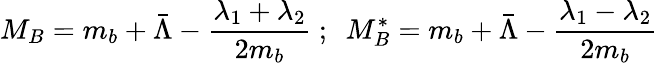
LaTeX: M_{B}=m_{b}+\bar{\Lambda}-\frac{\lambda_{1}+\lambda_{2}}{2m_{b}}~;~~M_{B}^{*}=m_{b}+\bar{\Lambda}-\frac{\lambda_{1}-\lambda_{2}}{2m_{b}}